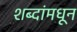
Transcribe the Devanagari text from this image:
शब्दांमधून